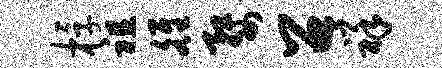
桴祖雒婺召祥